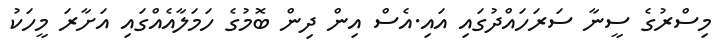
މިސްރުގެ ސީނާ ސަރަހައްދުގައި އައި.އެސް އިން ދިން ބޮމުގެ ހަމަލާއެއްގައި އަށާރަ މީހަކު